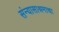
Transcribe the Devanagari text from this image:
संन्यासाश्रमाचा